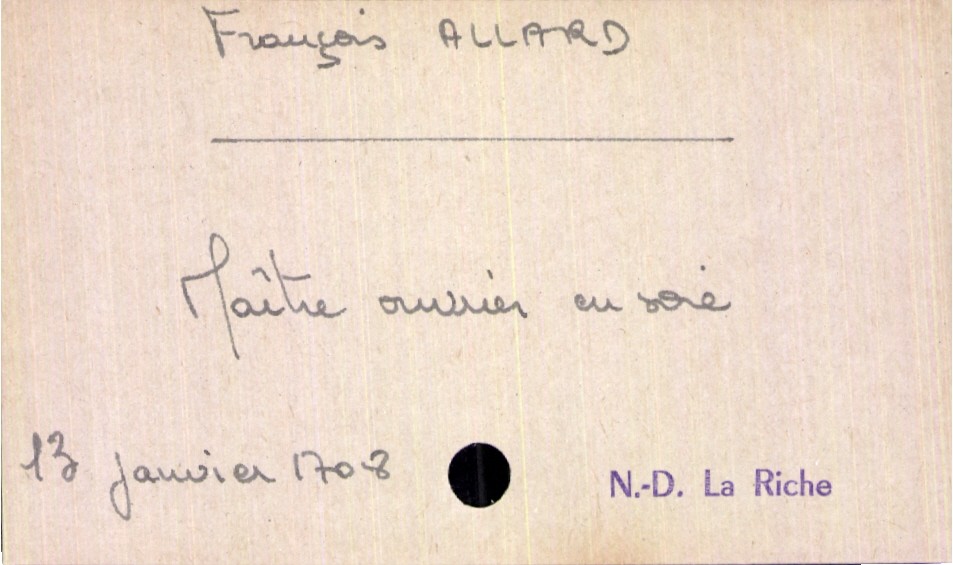
type_acte: Décès
année: 1708
mois: janvier
jour: 13
paroisse: Notre Dame La Riche
défunt_nom: Allard
défunt_prénom: François
défunt_sexe: H
défunt_profession: maître ouvrier en soie